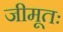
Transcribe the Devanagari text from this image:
जीमूतः